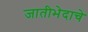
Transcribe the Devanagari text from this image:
जातीभेदाचे